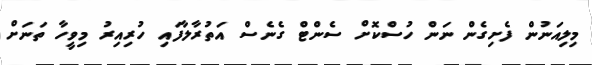
މިލިއަނުން ފެށިގެން ނަން ހުސްކޮށް ސެންޓް ގެނެސް އަތުރާލާފައި ހުރިއިރު މިވީހާ ތަނަށް